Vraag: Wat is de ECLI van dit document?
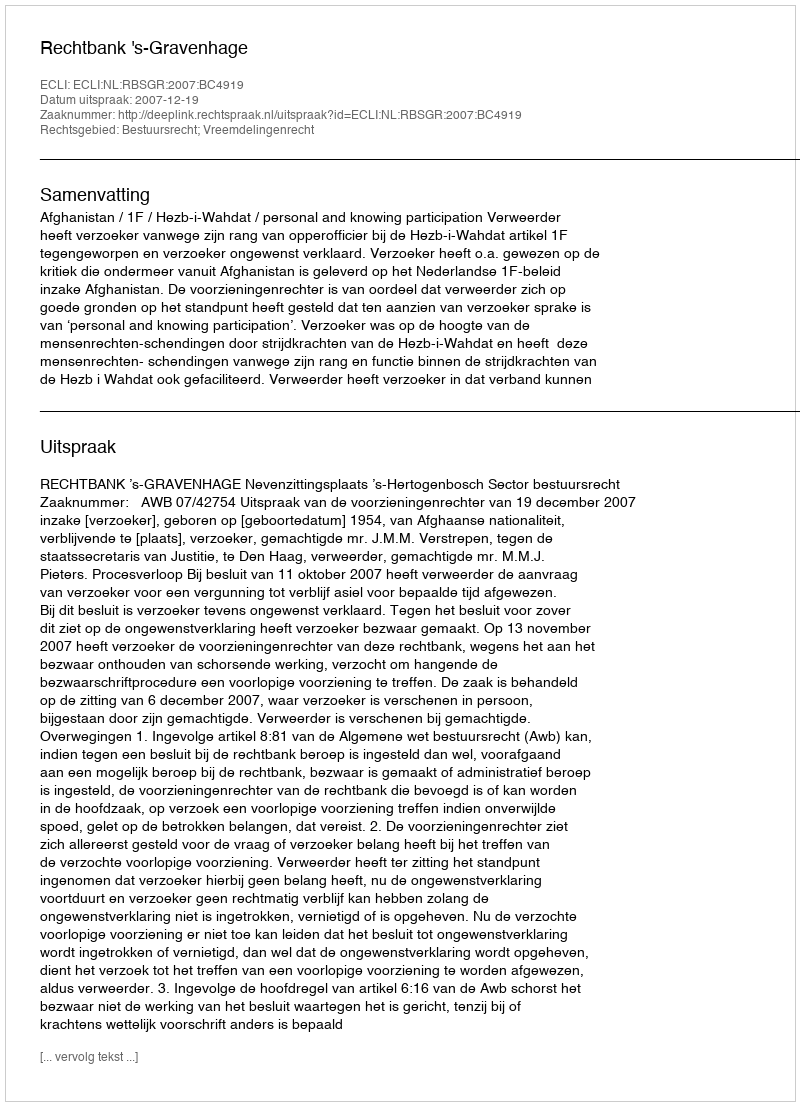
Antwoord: ECLI:NL:RBSGR:2007:BC4919